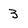
Character: 3